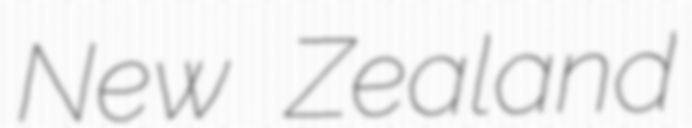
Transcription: New Zealand